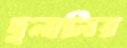
দুলালির